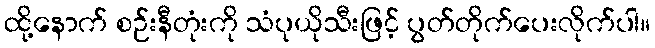
ထို့နောက် စဉ်းနီတုံးကို သံပုယိုသီးဖြင့် ပွတ်တိုက်ပေးလိုက်ပါ။